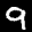
Label: 9